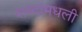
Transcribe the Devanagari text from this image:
शब्दांमधली